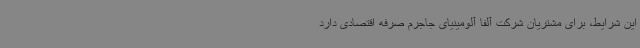
این شرایط، برای مشتریان شرکت آلفا آلومینیای جاجرم صرفه اقتصادی دارد